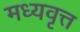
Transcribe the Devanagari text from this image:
मध्यवृत्त